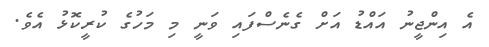
އެ އިންޖީނު އައްޑު އަށް ގެނެސްފައި ވަނީ މި މަހުގެ ކުރީކޮޅު އެވެ.